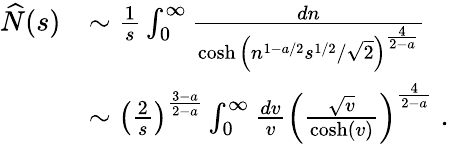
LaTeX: \begin{array}{rl}{\widehat{N}(s)}&{\sim\frac{1}{s}\int_{0}^{\infty}\frac{dn}{\cosh\left(n^{1-a/2}s^{1/2}/\sqrt{2}\right)^{\frac{4}{2-a}}}}\\ &{\sim\left(\frac{2}{s}\right)^{\frac{3-a}{2-a}}\int_{0}^{\infty}\frac{dv}{v}\left(\frac{\sqrt{v}}{\cosh\left(v\right)}\right)^{\frac{4}{2-a}}\; .}\end{array}